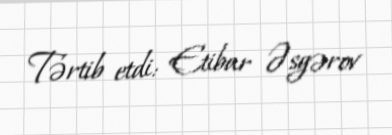
Tərtib etdi: Etibar Əsgərov